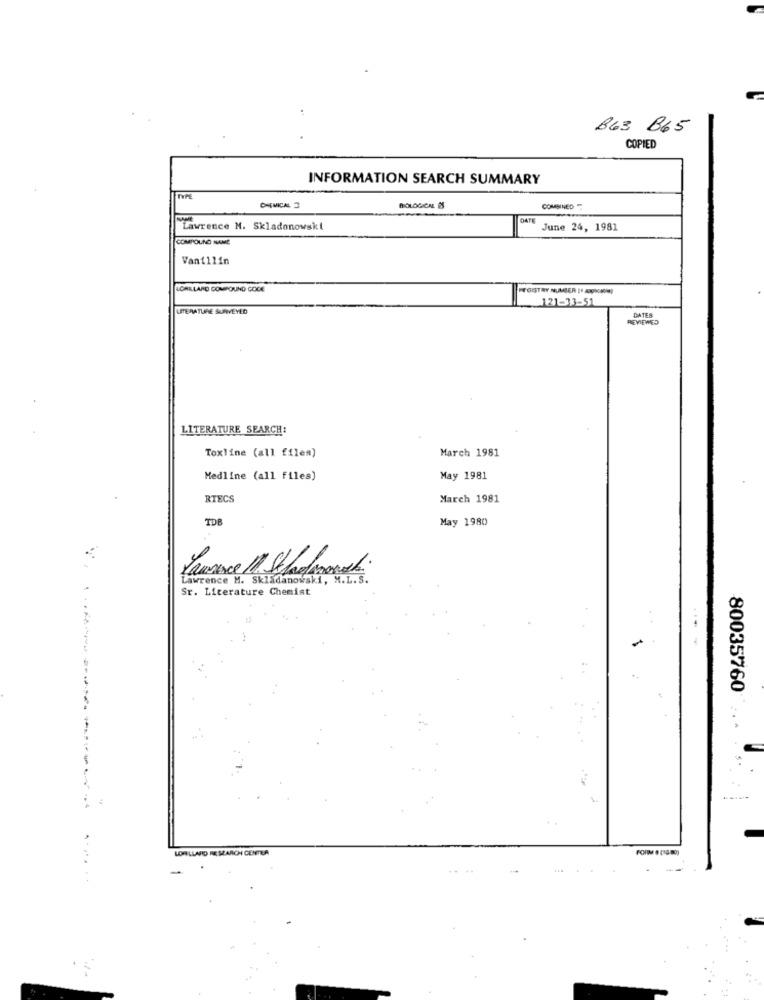
B63 B65
COPIED
INFORMATION SEARCH SUMMARY
CHEMICAL 2
BIOLOGICAL 2
COMBINED
DATE
Lawrence M. Skladonowskt
June 24, 1981
COMPOLINO NAME
Vanillin
LORILLARD COMPOUND COCE
OSTRY NURER | ****
121-13-51
LITERATURE SURVEYED
REVIEWED
LITERATURE SEARCH:
March 1981
Toxline (all files)
Medline (all files)
May 1981
RTECS
March 1981
TDB
May 1980
Lawrence M. Skladanowski, M.L.S.
Sr. Licerature Chemist
80035760
--------
..
.. 4
LORILLARD RESEARCH CENTER
FORM @ (IG BO)